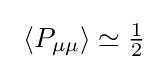
\ \langle P_{\mu \mu }\rangle \simeq {\tfrac {1}{2}}\